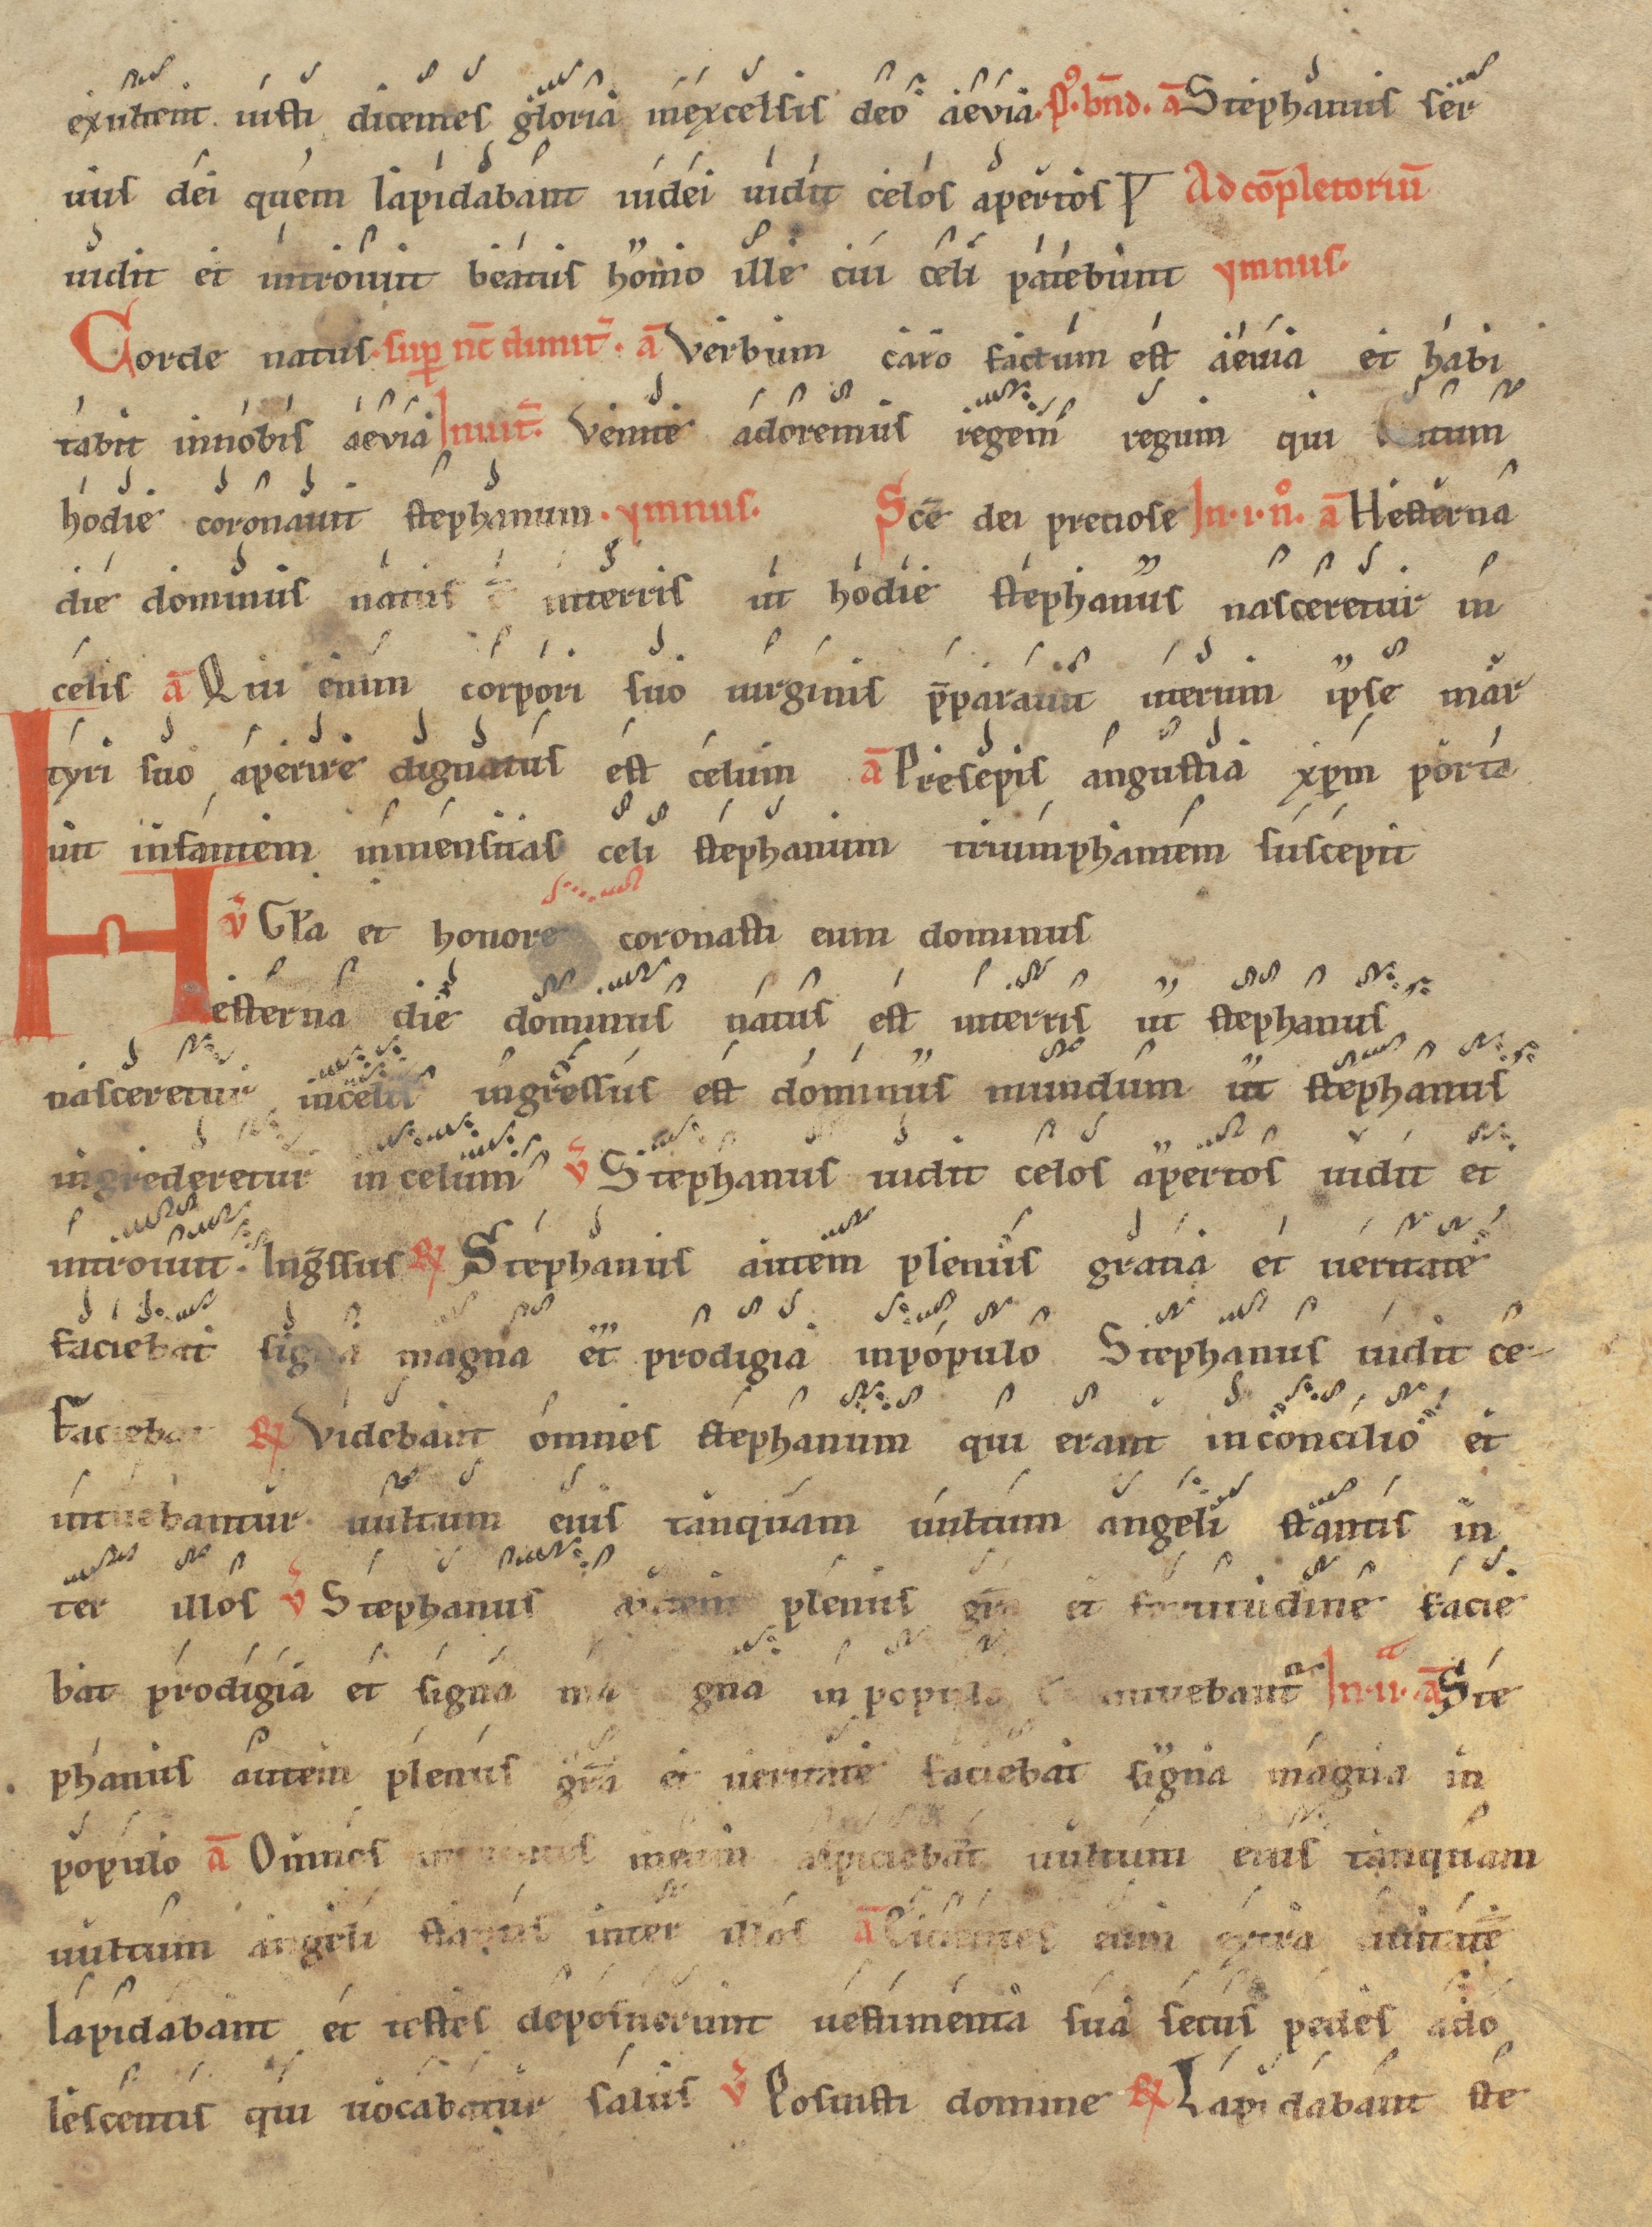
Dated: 1200–1299